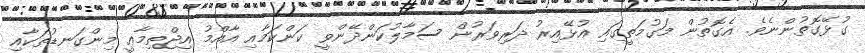
ގުޅޭގޮތުންނެވެ. އެގޮތުން މަގުމަތީގައި އުޅޭއިރު ދަރިވަރުން ސަމާލުކަންދޭންވީ ކަންކަމާއި އާއްމު އިޖްތިމާޢީ މިންގަނޑުތަކާއި